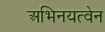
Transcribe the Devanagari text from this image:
अभिनयत्वेन